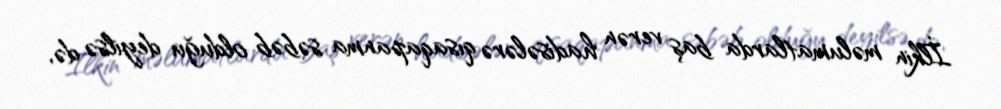
İlkin məlumatlarda baş verən hadisələrə qısaqapanma səbəb olduğu deyilsə də,